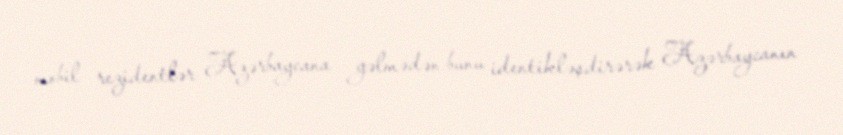
mobil rezidentlər Azərbaycana gəlmədən bunu identikləşdirərək Azərbaycanın